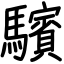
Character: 驞